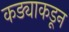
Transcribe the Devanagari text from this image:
कड्याकडून